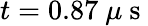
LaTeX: t=0.87~\mu\mathrm{~s~}